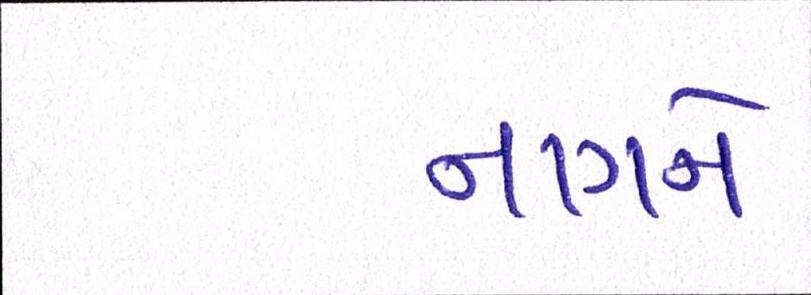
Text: નાગને